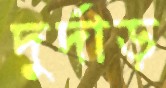
দুর্দাড়